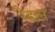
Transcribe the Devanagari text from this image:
रेडान